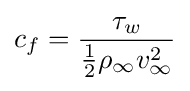
c_{f}={\frac {\tau _{w}}{{\frac {1}{2}}\rho _{\infty }v_{\infty }^{2}}}